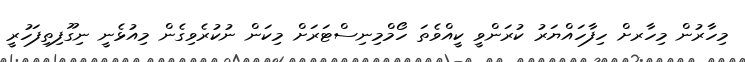
މިހާރުން މިހާރށް ހިފާހައްޔަރު ކުރަންވީ ކީއްވެތަ ހޯމްމިނިސްޓަރަށް މިކަން ނުކުރެވިގެން މިއުޅެނީ ނިގޫފިތިފަހުރީ